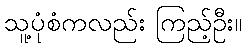
သူ့ပုံစံကလည်း ကြည့်ဦး။